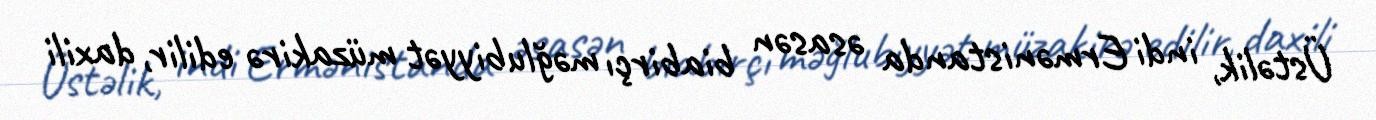
Üstəlik, indi Ermənistanda əsasən biabirçı məğlubiyyət müzakirə edilir, daxili